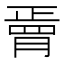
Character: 𦟆